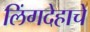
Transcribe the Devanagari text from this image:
लिंगदेहाचे